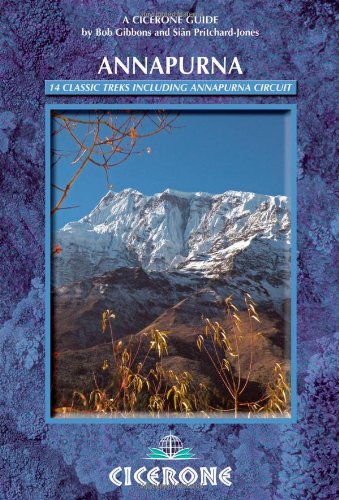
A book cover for Annapurna: A Trekker's Guide; Bob Gibbons; Sports & Outdoors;